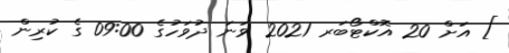
] އަށް 20 އޮކްޓޯބަރ 2021 ވަނަ ދުވަހުގެ 09:00 ގެ ކުރިން